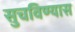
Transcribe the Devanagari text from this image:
सुचविण्यास